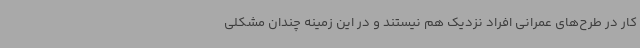
کار در طرح‌های عمرانی افراد نزدیک هم نیستند و در این زمینه چندان مشکلی